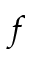
f